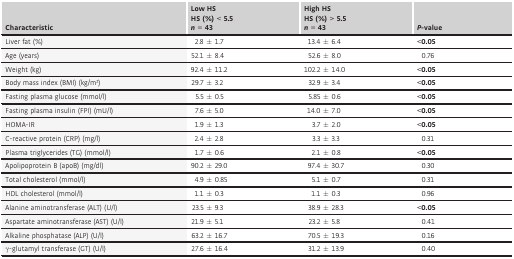
<table><thead><tr><td><b>Characteristic</b></td><td><b>Low HS HS (%) &lt; 5.5 <i>n</i> = 43</b></td><td><b>High HS HS (%) &gt; 5.5 <i>n</i> = 43</b></td><td><b><i>P</i>‐value</b></td></tr></thead><tbody><tr><td>Liver fat (%)</td><td>2.8 ± 1.7</td><td>13.4 ± 6.4</td><td><b>&lt;0.05</b></td></tr><tr><td>Age (years)</td><td>52.1 ± 8.4</td><td>52.6 ± 8.0</td><td>0.76</td></tr><tr><td>Weight (kg)</td><td>92.4 ± 11.2</td><td>102.2 ± 14.0</td><td><b>&lt;0.05</b></td></tr><tr><td>Body mass index (BMI) (kg/m2)</td><td>29.7 ± 3.2</td><td>32.9 ± 3.4</td><td><b>&lt;0.05</b></td></tr><tr><td>Fasting plasma glucose (mmol/l)</td><td>5.5 ± 0.5</td><td>5.85 ± 0.6</td><td><b>&lt;0.05</b></td></tr><tr><td>Fasting plasma insulin (FPI) (mU/l)</td><td>7.6 ± 5.0</td><td>14.0 ± 7.0</td><td><b>&lt;0.05</b></td></tr><tr><td>HOMA‐IR</td><td>1.9 ± 1.3</td><td>3.7 ± 2.0</td><td><b>&lt;0.05</b></td></tr><tr><td>C‐reactive protein (CRP) (mg/l)</td><td>2.4 ± 2.8</td><td>3.3 ± 3.3</td><td>0.31</td></tr><tr><td>Plasma triglycerides (TG) (mmol/l)</td><td>1.7 ± 0.6</td><td>2.1 ± 0.8</td><td><b>&lt;0.05</b></td></tr><tr><td>Apolipoprotein B (apoB) (mg/dl)</td><td>90.2 ± 29.0</td><td>97.4 ± 30.7</td><td>0.30</td></tr><tr><td>Total cholesterol (mmol/l)</td><td>4.9 ± 0.85</td><td>5.1 ± 0.7</td><td>0.31</td></tr><tr><td>HDL cholesterol (mmol/l)</td><td>1.1 ± 0.3</td><td>1.1 ± 0.3</td><td>0.96</td></tr><tr><td>Alanine aminotransferase (ALT) (U/l)</td><td>23.5 ± 9.3</td><td>38.9 ± 28.3</td><td><b>&lt;0.05</b></td></tr><tr><td>Aspartate aminotransferase (AST) (U/l)</td><td>21.9 ± 5.1</td><td>23.2 ± 5.8</td><td>0.41</td></tr><tr><td>Alkaline phosphatase (ALP) (U/l)</td><td>63.2 ± 16.7</td><td>70.5 ± 19.3</td><td>0.16</td></tr><tr><td>γ‐glutamyl transferase (GT) (U/l)</td><td>27.6 ± 16.4</td><td>31.2 ± 13.9</td><td>0.40</td></tr></tbody></table>